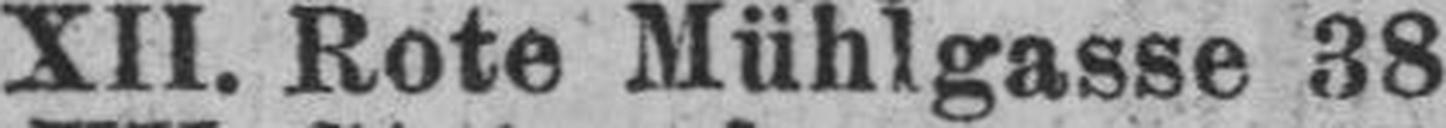
XII. Rote Mühlgasse 38